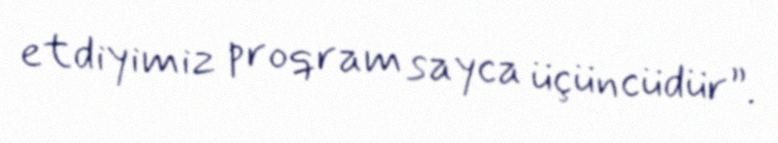
etdiyimiz proqram sayca üçüncüdür”.